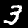
Digit: 3